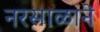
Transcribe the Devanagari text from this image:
नरसाळाने